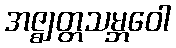
အဇ္ဈတ္တသမ္ဘဝေါ